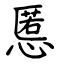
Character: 慝